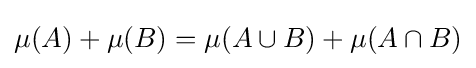
\mu (A)+\mu (B)=\mu (A\cup B)+\mu (A\cap B)